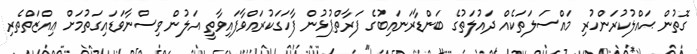
ގޮތުން ޙައްލުކުރަންހުރި މައްސަލަތަކެއް ދައުލަތުގެ ބަންޑާރަނައިބުގެ ފަރާތްޕުޅުން ފާހަގަކުރައްވާފައިވާތީ އަލުން ވިސްނާވަޑައިގަތުމަށް ޢިއްޒަތްތެރި